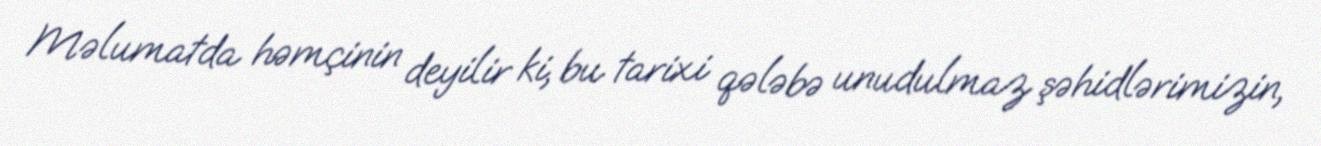
Məlumatda həmçinin deyilir ki, bu tarixi qələbə unudulmaz şəhidlərimizin,